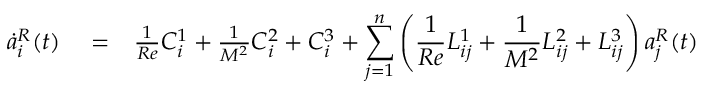
\begin{array} { r l r } { \dot { a } _ { i } ^ { R } ( t ) } & { { } = } & { \frac { 1 } { R e } C _ { i } ^ { 1 } + \frac { 1 } { M ^ { 2 } } C _ { i } ^ { 2 } + C _ { i } ^ { 3 } + \displaystyle \sum _ { j = 1 } ^ { n } \left( \frac { 1 } { R e } L _ { i j } ^ { 1 } + \frac { 1 } { M ^ { 2 } } L _ { i j } ^ { 2 } + L _ { i j } ^ { 3 } \right) a _ { j } ^ { R } ( t ) } \end{array}